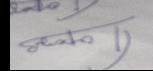
Signature authenticity: forged